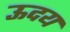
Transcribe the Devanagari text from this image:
ऊदय